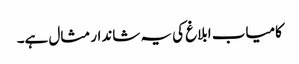
کامیاب ابلاغ کی یہ شاندار مثال ہے۔